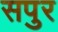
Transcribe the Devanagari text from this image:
सपुर